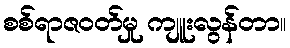
စစ်ရာဇဝတ်မှု ကျူးလွန်တာ။